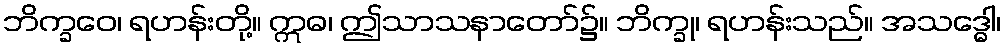
ဘိက္ခဝေ၊ ရဟန်းတို့။ ဣဓ၊ ဤသာသနာတော်၌။ ဘိက္ခု၊ ရဟန်းသည်။ အသဒ္ဓေါ၊